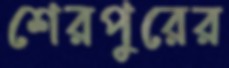
শেরপুরের